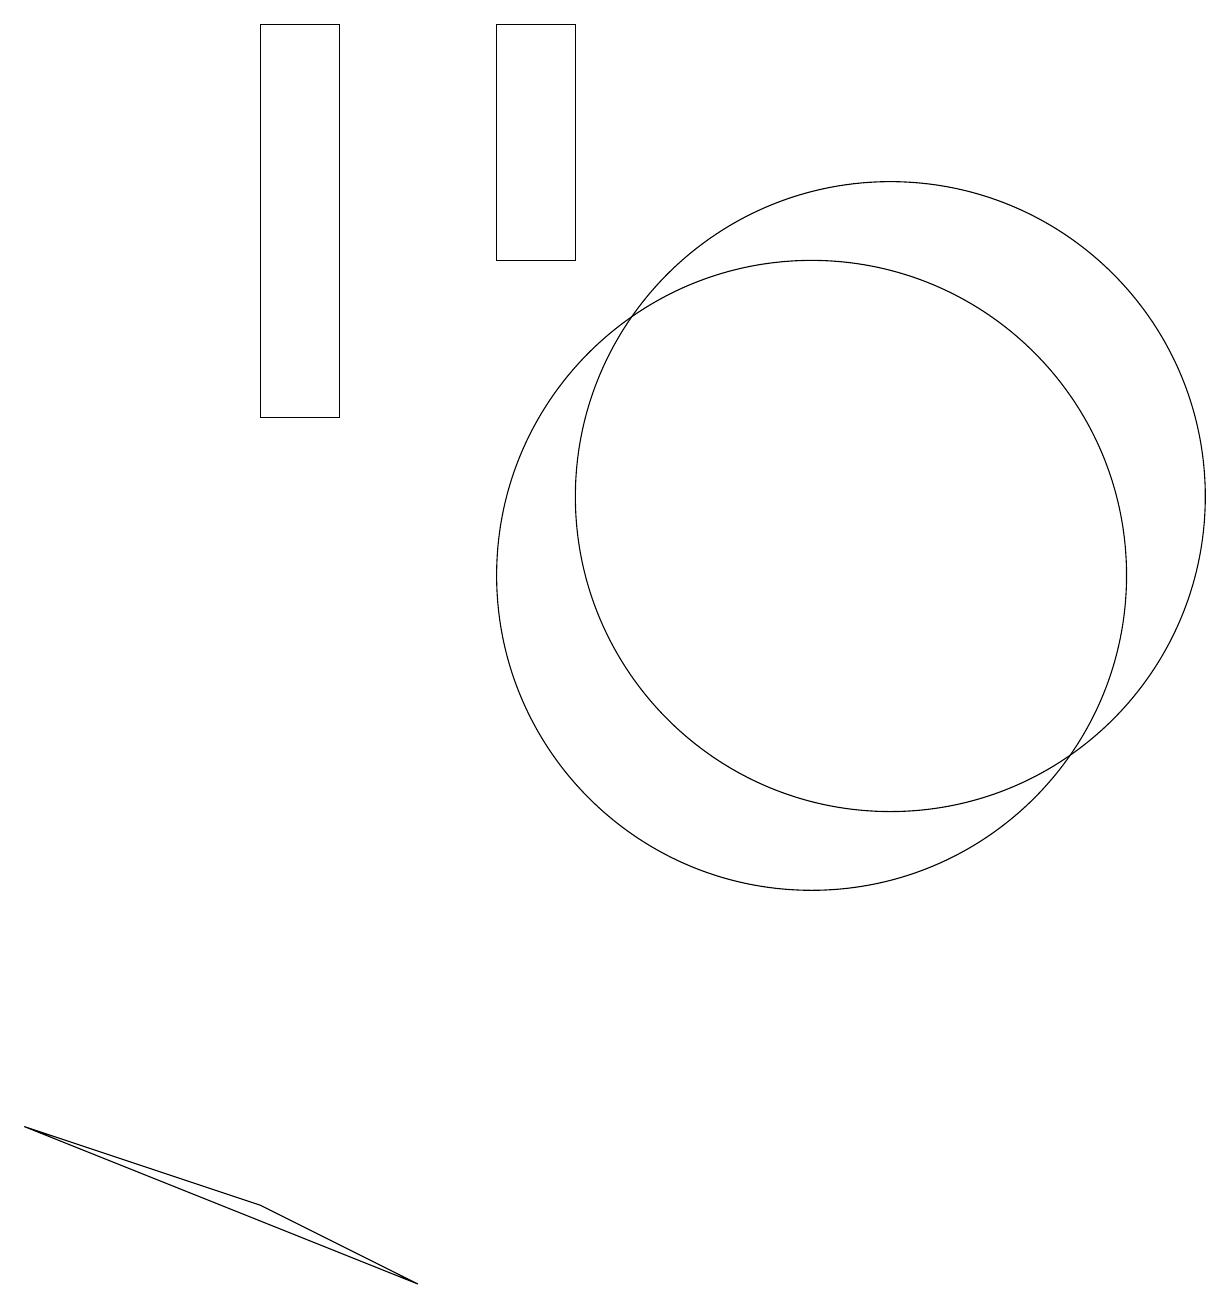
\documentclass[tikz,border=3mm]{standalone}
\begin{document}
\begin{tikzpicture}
\draw (4,18) rectangle (5,13);
\draw (1,4) -- (4,3) -- (6,2) -- cycle;
\draw (8,15) rectangle (7,18);
\draw (12,12) circle (4);
\draw (11,11) circle (4);
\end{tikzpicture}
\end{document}